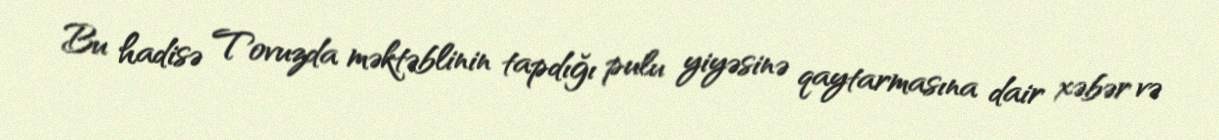
Bu hadisə Tovuzda məktəblinin tapdığı pulu yiyəsinə qaytarmasına dair xəbər və